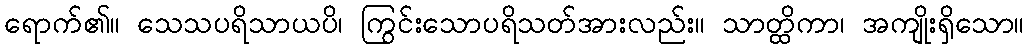
ရောက်၏။ သေသပရိသာယပိ၊ ကြွင်းသောပရိသတ်အားလည်း။ သာတ္ထိကာ၊ အကျိုးရှိသော။